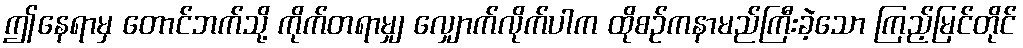
ဤနေရာမှ တောင်ဘက်သို့ ကိုက်တရာမျှ လျှောက်လိုက်ပါက ထိုစဉ်ကနာမည်ကြီးခဲ့သော ကြည့်မြင်တိုင်